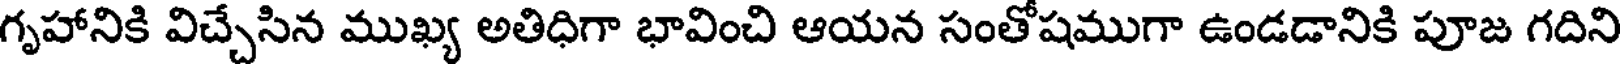
గృహానికి విచ్చేసిన ముఖ్య అతిధిగా భావించి ఆయన సంతోషముగా ఉండడానికి పూజ గదిని